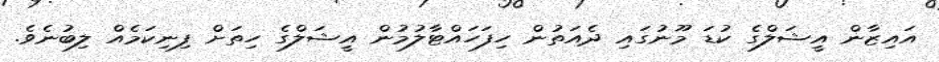
އައިޒާން އީޝަލްގެ ކުޑަ މޫނުގައި ދެއަތުން ހިފަހައްޓާލުމުން އީޝަލްގެ ހިތަށް ފިނިކަމެއް ލިބުނެވެ.